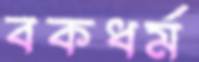
বকধর্ম